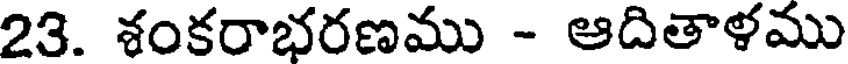
23. శంకరాభరణము - ఆదితాళము